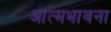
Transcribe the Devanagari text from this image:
आत्मभावना